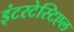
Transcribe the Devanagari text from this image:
इंटरटेस्टिएल